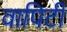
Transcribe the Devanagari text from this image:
वापिटी